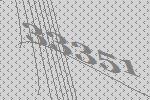
33351